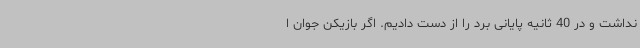
نداشت و در 40 ثانیه پایانی برد را از دست دادیم. اگر بازیکن جوان ا